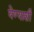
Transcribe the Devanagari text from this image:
येण्याशी